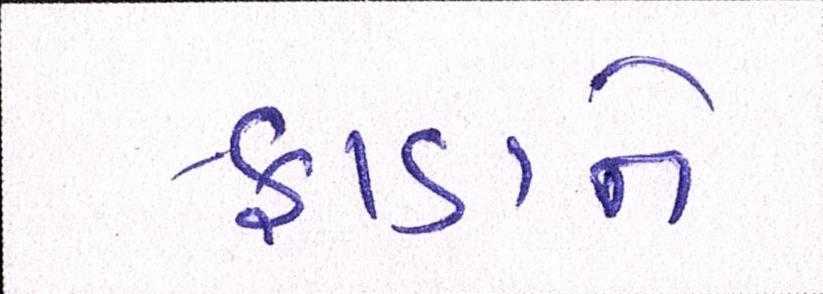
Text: ફાડાને